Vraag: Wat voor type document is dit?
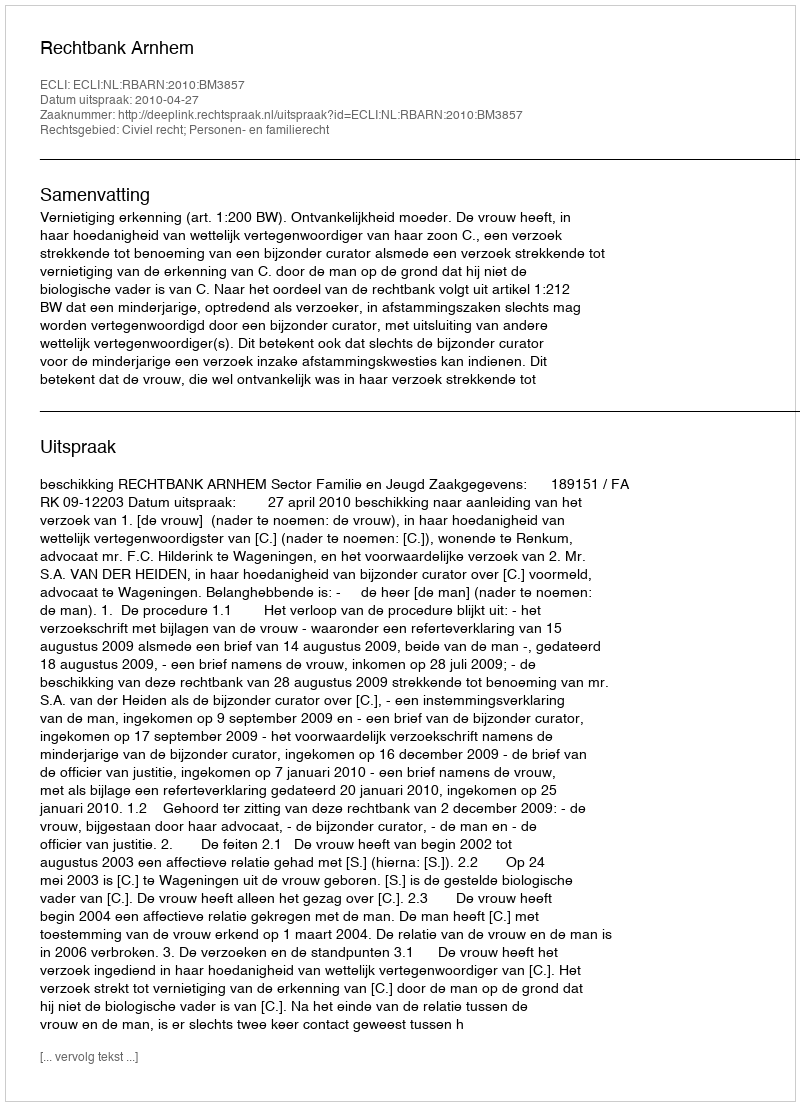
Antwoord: Uitspraak